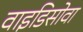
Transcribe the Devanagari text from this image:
वाइडिसोवा